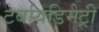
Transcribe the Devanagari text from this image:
टर्बायडिमेट्री